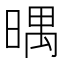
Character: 㬂